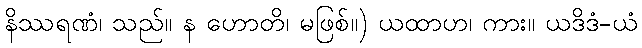
နိဿရဏံ၊ သည်။ န ဟောတိ၊ မဖြစ်။) ယထာဟ၊ ကား။ ယဒိဒံ-ယံ